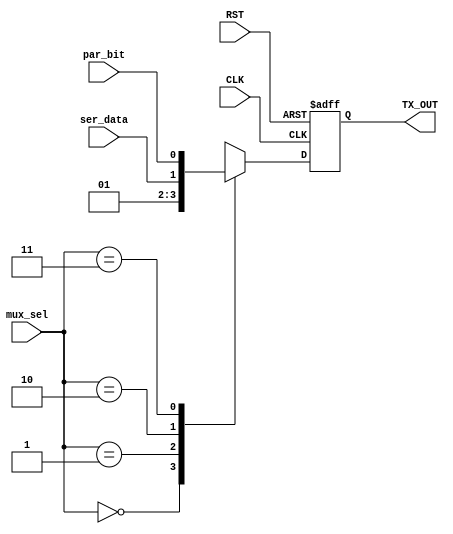
/*
File Name:MUX.v
Module: MUX4x1
Description:MUX4x1 That sends the actual bus to the reciver

INPUT:
1-Data from serilizer
2-parity bit
3-start bit
4-stop bit
5-selection line from FSM
6-Clk
7-RST

OUTPUT:
1-TX_OUT the send bus
---------------------- 
Module mapping:
 
MUX4x1 MUX_tx (
.ser_data()     ,
.par_bit()      ,
.mux_sel()      ,
.CLK()          ,
.RST()          ,
.TX_OUT()
                );
*/

module  MUX4x1(
input   wire          ser_data,
input   wire          par_bit,
input   wire  [1:0]   mux_sel,
input   wire          CLK,
input   wire          RST,
output  reg           TX_OUT
);

reg out;//internal signal for the output to save it in flipflop
//always combinational MUX 4x1 
always  @ (*)
begin
  case(mux_sel)
    2'b00:out=1'b0;//start
    2'b01:out=1'b1;//stop or IDLE
    2'b10:out=ser_data;//DATA
    2'b11:out=par_bit;//PARITY
  endcase
end
//Flipflop out from MUX to reciver
always  @ (posedge  CLK or negedge  RST)
begin
  if  (!RST)
    begin
      TX_OUT<='b1;
    end
  else
    begin
      TX_OUT<=out;
    end
end
endmodule